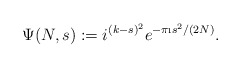
\begin{align*} \Psi(N,s):=i^{(k-s)^2}e^{-\pi \i s^2/(2N)}.\end{align*}